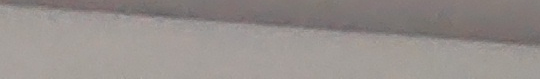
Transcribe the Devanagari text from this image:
नम्बर